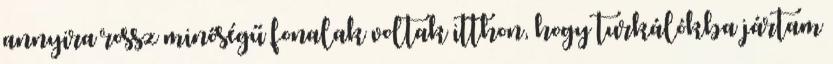
annyira rossz minőségű fonalak voltak itthon, hogy turkálókba jártam